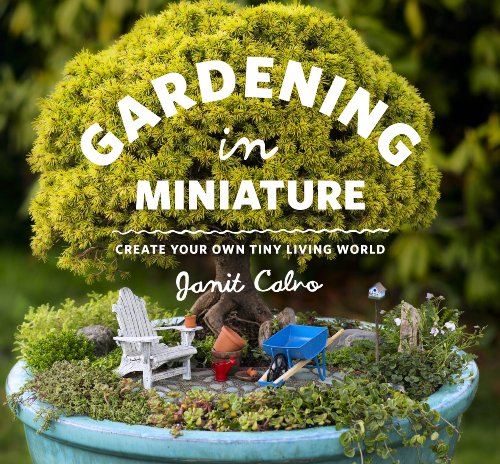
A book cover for Gardening in Miniature: Create Your Own Tiny Living World; Janit Calvo; Crafts, Hobbies & Home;